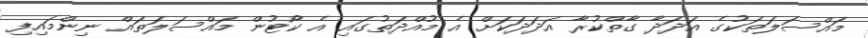
މައްސަލަތަކުގެ އަދަދާ ގާތްކުރާ އަދަދަކަށް އެ މުއްދަތުގައި އެ ކޯޓުން މައްސަލަތައް ނިންމައިފި